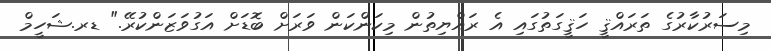
މިސަރުކާރުގެ ތަރައްޤީ ހަޤީގަތުގައި އެ ރައްޔިތުން މިކަންކަން ވަރަށް ބޮޑަށް އަގުވަޒަންކުރޭ." ޑރ.ޝަހީމް